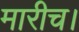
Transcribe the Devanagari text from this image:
मारीच।